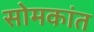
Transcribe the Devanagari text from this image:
सोमकांत